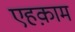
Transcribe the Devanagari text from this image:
एहक़ाम